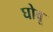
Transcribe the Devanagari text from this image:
घोवू